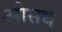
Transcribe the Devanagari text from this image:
ओसध